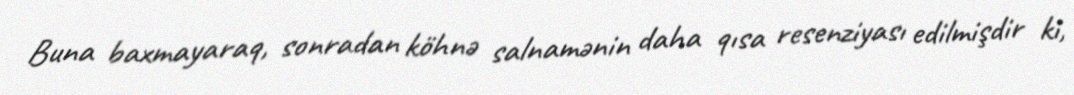
Buna baxmayaraq, sonradan köhnə salnamənin daha qısa resenziyası edilmişdir ki,